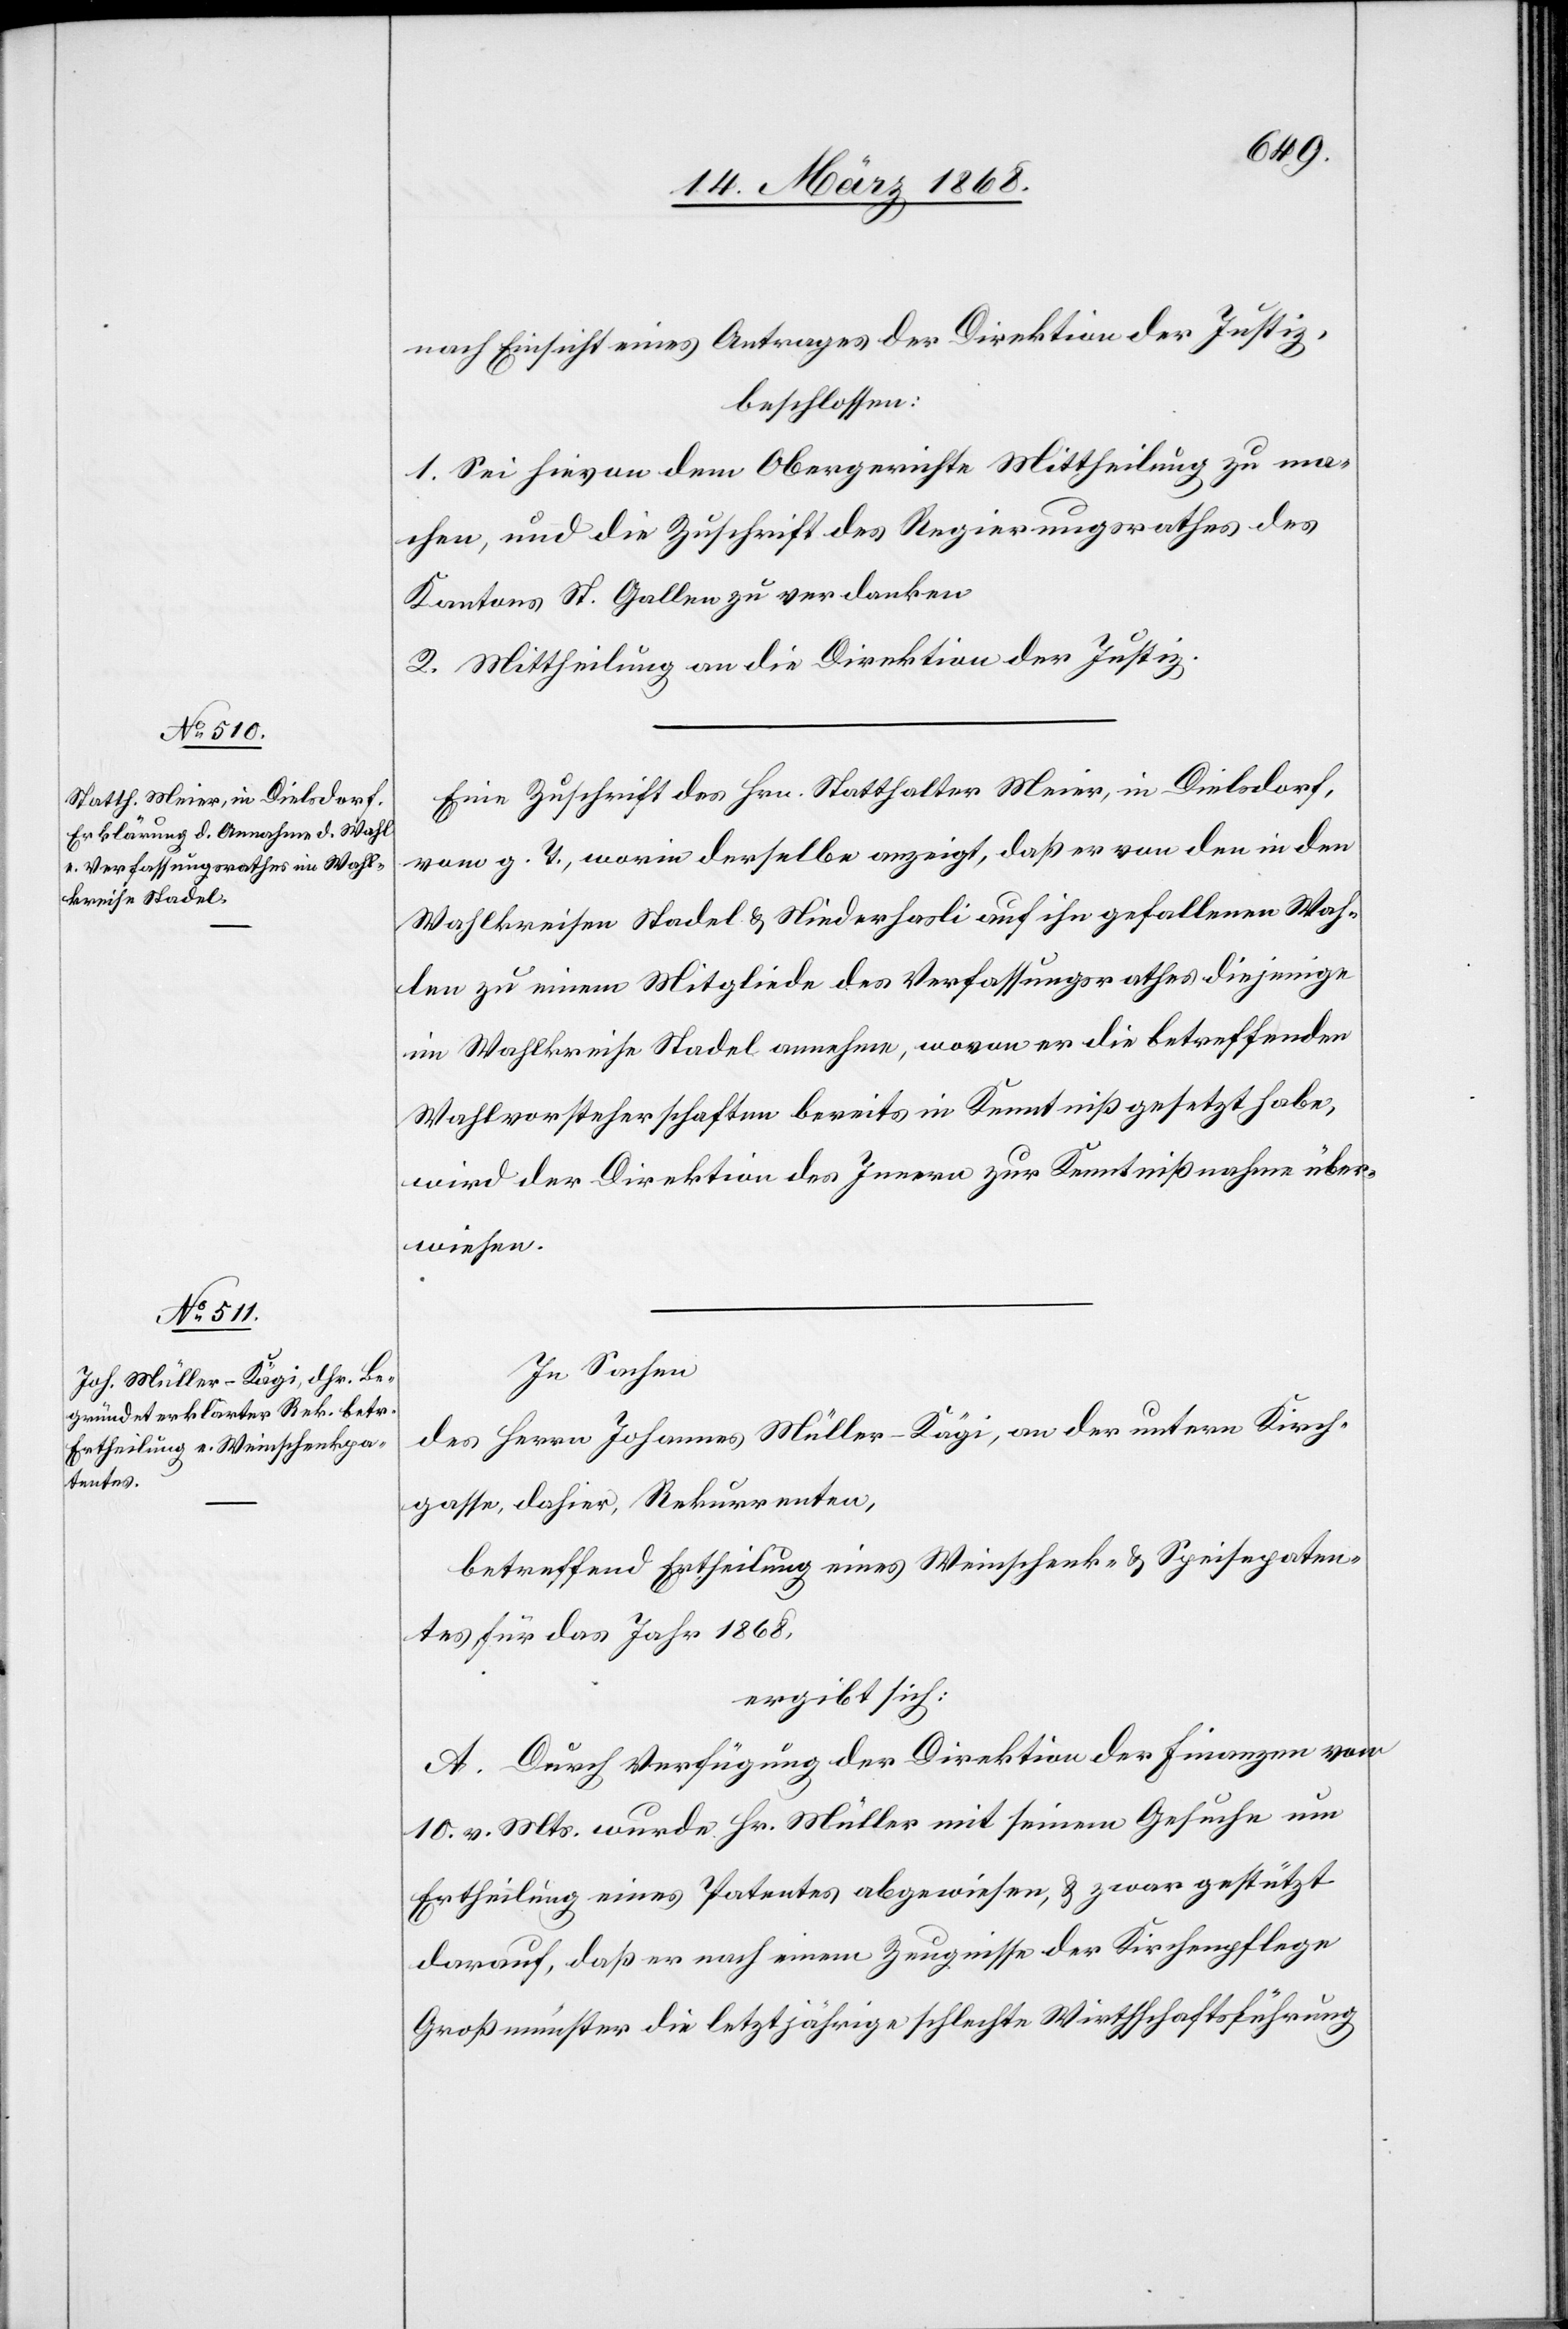
nach Einsicht eines Antrages der Direktion der Justiz,
beschlossen:
1. Sei hievon dem Obergerichte Mittheilung zu ma¬
chen, und die Zuschrift des Regierungsrathes des
Kantons St. Gallen zu verdanken
2. Mittheilung an die Direktion der Justiz.
Eine Zuschrift des Hrn. Statthalter Meier, in Dielsdorf,
vom g. T., worin derselbe anzeigt, daß er von den in den
Wahlkreisen Stadel & Niederhasli auf ihn gefallenen Wah¬
len zu einem Mitgliede des Verfassungsrathes diejenige
im Wahlkreise Stadel annehme, wovon er die betreffenden
Wahlvorsteherschaften bereits in Kenntniß gesetzt habe,
wird der Direktion des Innern zur Kenntnißnahme über¬
wiesen.
In Sachen
des Herrn Johannes Müller-Kägi, an der untern Kirch¬
gasse, dahier, Rekurrenten,
betreffend Ertheilung eines Weinschenk- & Speisepaten¬
tes für das Jahr 1868,
ergibt sich:
A. Durch Verfügung der Direktion der Finanzen vom
10. v. Mts. wurde Hr. Müller mit seinem Gesuche um
Ertheilung eines Patentes abgewiesen, & zwar gestützt
darauf, daß er nach einem Zeugnisse der Kirchenpflege
Großmünster die letztjährige schlechte Wirthschaftsführung